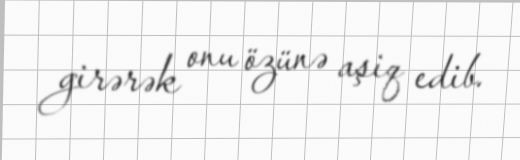
girərək onu özünə aşiq edib.